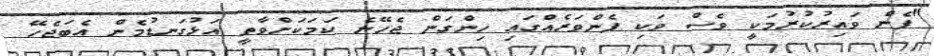
"ފެން ވައިރުކުރުމަކީ ވެސް ވަކި ފެންވަރެއްގައި ހިންގަން ޖެހޭނެ ކަމަކަށްވާތީ އަޅުގަނޑުމެން އެބަޖެހޭ